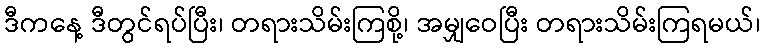
ဒီကနေ့ ဒီတွင်ရပ်ပြီး၊ တရားသိမ်းကြစို့၊ အမျှဝေပြီး တရားသိမ်းကြရမယ်၊